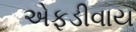
એફડીવાય